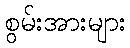
စွမ်းအားများ